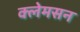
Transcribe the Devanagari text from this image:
क्लेमसन